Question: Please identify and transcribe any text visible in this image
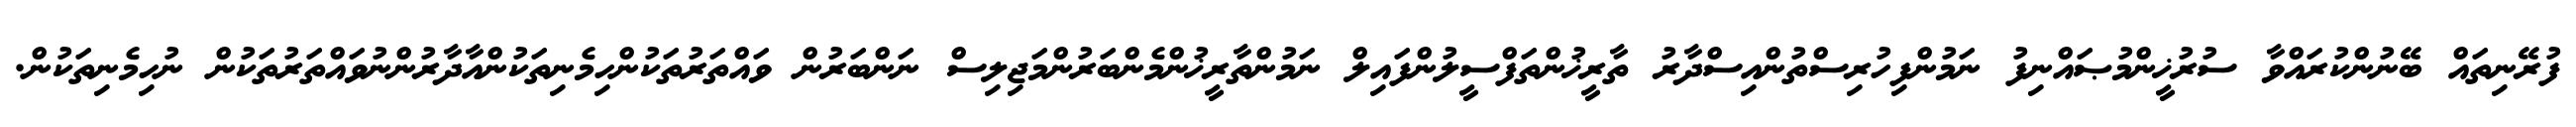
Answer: ފުރޭނިތައް ބޭނުންކުރައްވާ ސުރުޚީންމުޞައްނިފު ނަމުންފިހުރިސްތުންއިސްދާރު ތާރީޚުންތަފްސީލުންފައިލް ނަމުންތާރީޚުންމެންބަރުންމަޖިލިސް ނަންބަރުން ވައްތަރުތަކުންހިމެނިތަކުންއާދާރުންނުވައްތަރުތަކުން ނުހިމެނިތަކުން.